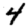
Digit: 4